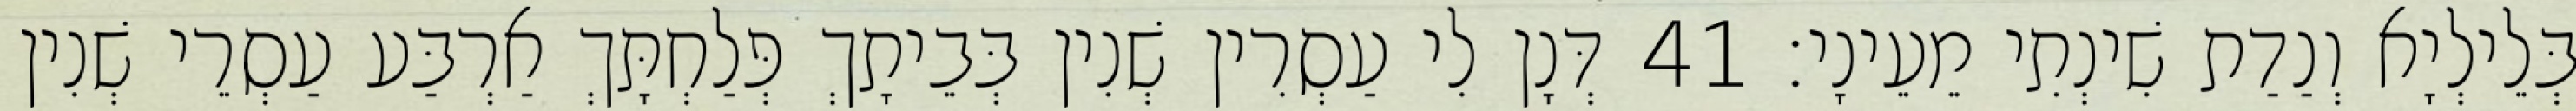
בְּלֵילְיָא וְנַדַת שִׁינְתִי מֵעֵינָי׃ 41 דְּנָן לִי עַסְרִין שְׁנִין בְּבֵיתָךְ פְּלַחְתָּךְ אַרְבַּע עַסְרֵי שְׁנִין